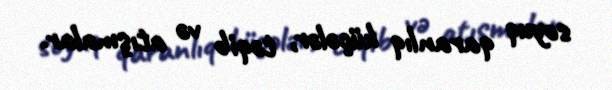
soyuq qaranlıq küçələr, təqib və atışmalar.